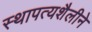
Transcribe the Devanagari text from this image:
स्थापत्यशैलीने